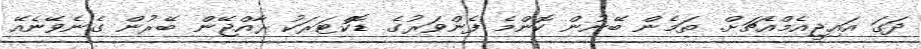
ދަގަ އައިޖީއެމްއެޗަށް. ތަމެން ބޭނުން ކޮންމެ ފެންވަރުގެ ޑޮކްޓަރަކު ރާއްޖޭން ބޭރުން ގެނެވޭނެއޭ